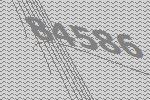
84586